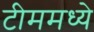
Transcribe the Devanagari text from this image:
टीममध्ये